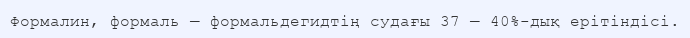
Формалин, формаль — формальдегидтің судағы 37 — 40%-дық ерітіндісі.